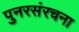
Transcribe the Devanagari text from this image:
पुनरसंरचना